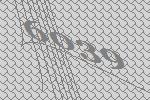
6039